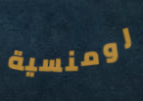
رومنسية